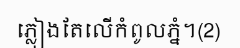
ភ្លៀងតែលើកំពូលភ្នំ។(2)